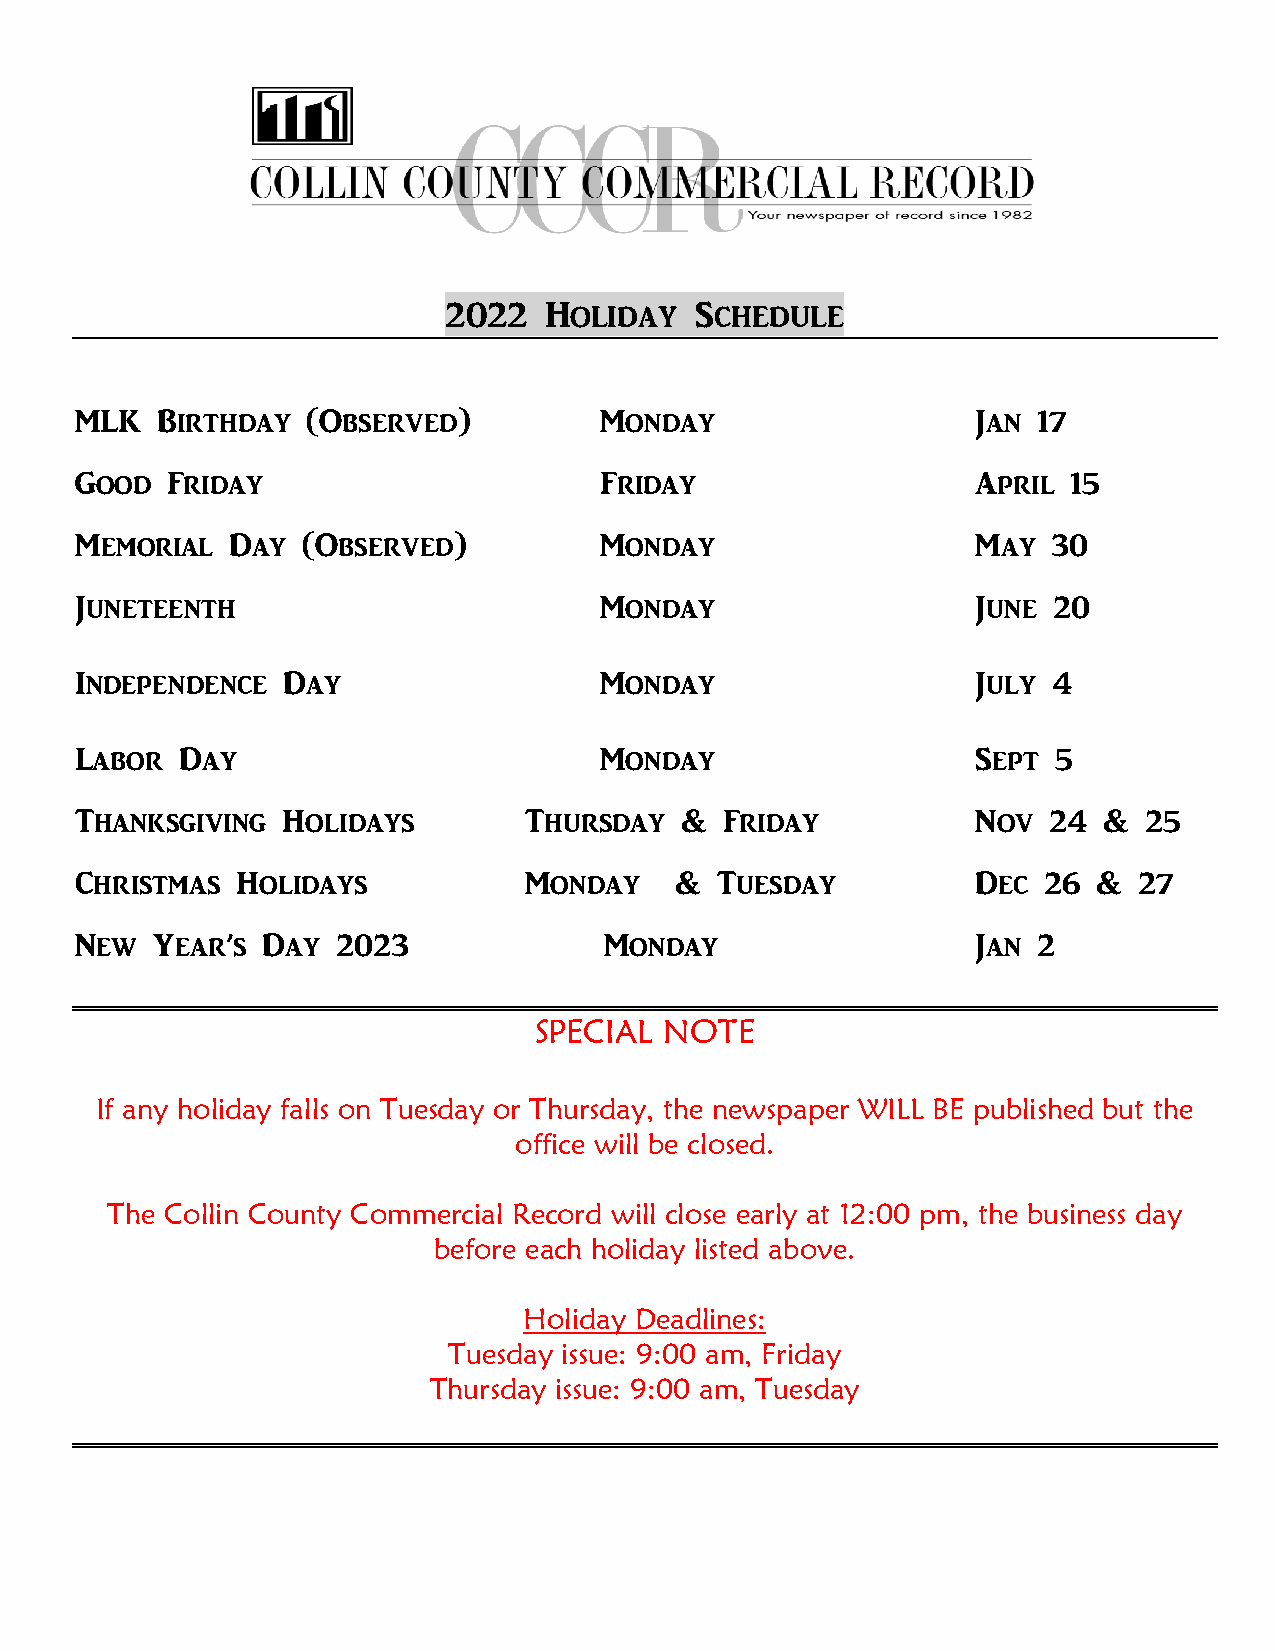
2022   Holiday   Schedule
 MLK  Birthday  (Observed)          Monday                   Jan 17
 Good  Friday                       Friday                   April 15
 Memorial  Day  (Observed)          Monday                   May  30
 Juneteenth                         Monday                   June 20
 Independence  Day                  Monday                   July 4
 Labor  Day                         Monday                   Sept 5
 Thanksgiving  Holidays        Thursday  &  Friday           Nov 24  &  25
 Christmas  Holidays           Monday    & Tuesday           Dec 26  & 27
 New  Year’s Day  2023              Monday                   Jan 2
 SPECIAL  NOTE
 If any holiday falls on Tuesday or Thursday, the newspaper WILL BE published but the
 office will be closed.
 The Collin County Commercial Record will close early at 12:00 pm, the business day
 before each holiday listed above.
 Holiday Deadlines:
 Tuesday issue: 9:00 am, Friday
 Thursday issue: 9:00 am, Tuesday